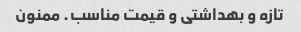
تازه و بهداشتی و قیمت مناسب. ممنون